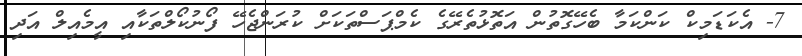
7- އެކަޑަމިކް ކަންކަމާ ބެހޭގޮތުން އަތޮޅުތެރޭގެ ކެމްޕަސްތަކަށް ކުރަންޖެހޭ ފޯނުކޯލްތަކާއި އީމެއިލް އަދި